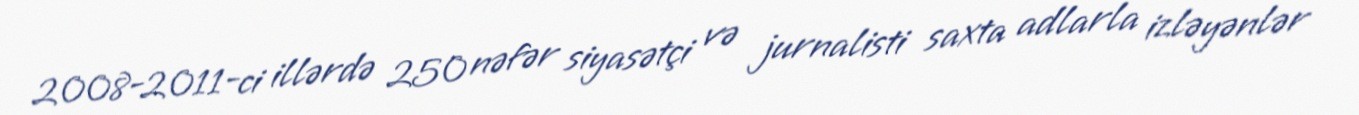
2008-2011-ci illərdə 250 nəfər siyasətçi və jurnalisti saxta adlarla izləyənlər